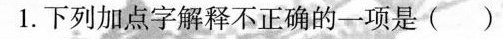
1.下列加点字解释不正确的一项是( )